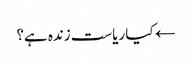
← کیا ریاست زندہ ہے؟